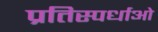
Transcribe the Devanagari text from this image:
प्रतिस्पर्धाओ